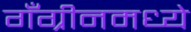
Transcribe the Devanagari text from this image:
गँग्रीनमध्ये